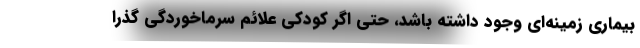
بیماری زمینه‌ای وجود داشته باشد، حتی اگر کودکی علائم سرماخوردگی گذرا